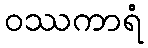
ဝဿကာရံ